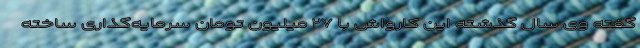
گفته وی سال گذشته این کارواش با ۲۷ میلیون تومان سرمایه‌گذاری ساخته